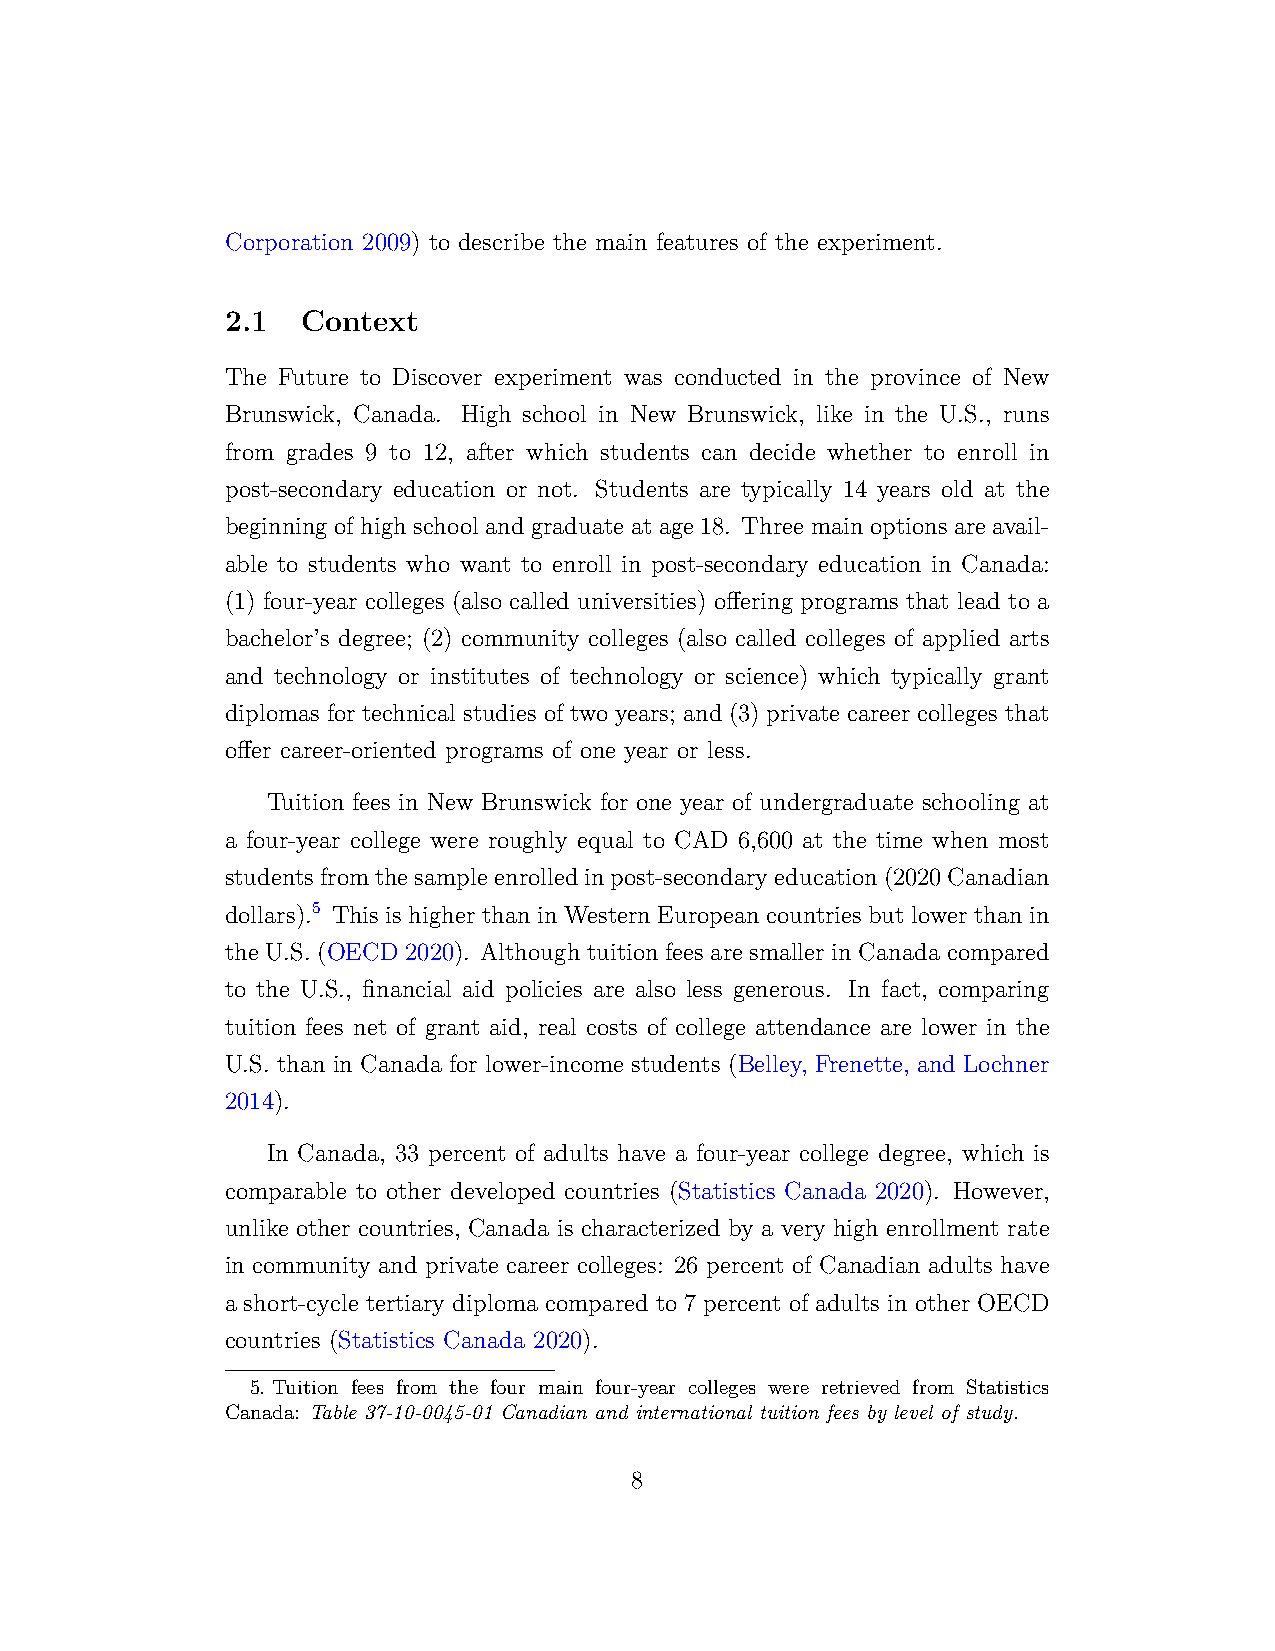
Corporation 2009) to describe the main features of the experiment.
 2.1  Context
 The Future to Discover experiment was conducted in the province of New
 Brunswick, Canada. High school in New Brunswick, like in the U.S., runs
 from grades 9 to 12, after which students can decide whether to enroll in
 post-secondary education or not. Students are typically 14 years old at the
 beginning of high school and graduate at age 18. Three main options are avail-
 able to students who want to enroll in post-secondary education in Canada:
 (1) four-year colleges (also called universities) offering programs that lead to a
 bachelor’s degree; (2) community colleges (also called colleges of applied arts
 and technology or institutes of technology or science) which typically grant
 diplomas for technical studies of two years; and (3) private career colleges that
 offer career-oriented programs of one year or less.
 Tuition fees in New Brunswick for one year of undergraduate schooling at
 a four-year college were roughly equal to CAD 6,600 at the time when most
 studentsfromthesampleenrolledinpost-secondaryeducation(2020Canadian
 dollars).5 This is higher than in Western European countries but lower than in
 the U.S. (OECD 2020). Although tuition fees are smaller in Canada compared
 to the U.S., financial aid policies are also less generous. In fact, comparing
 tuition fees net of grant aid, real costs of college attendance are lower in the
 U.S. than in Canada for lower-income students (Belley, Frenette, and Lochner
 2014).
 In Canada, 33 percent of adults have a four-year college degree, which is
 comparable to other developed countries (Statistics Canada 2020). However,
 unlike other countries, Canada is characterized by a very high enrollment rate
 in community and private career colleges: 26 percent of Canadian adults have
 a short-cycle tertiary diploma compared to 7 percent of adults in other OECD
 countries (Statistics Canada 2020).
 5. Tuition fees from the four main four-year colleges were retrieved from Statistics
 Canada: Table 37-10-0045-01 Canadian and international tuition fees by level of study.
 8